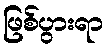
ဖြစ်ပွားရာ